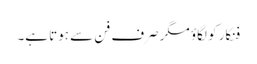
فنکار کو لگاؤ مگر صرف فن سے ہوتا ہے۔